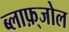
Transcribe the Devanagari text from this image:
ब्लाफ़्जोल